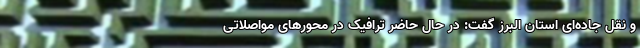
و نقل جاده‌ای استان البرز گفت: در حال حاضر ترافیک در محورهای مواصلاتی